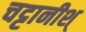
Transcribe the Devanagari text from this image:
चट्टानीश्